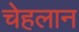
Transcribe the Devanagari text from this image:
चेहलान